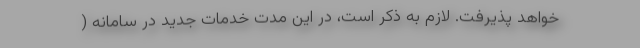
خواهد پذیرفت. لازم به ذکر است، در این مدت خدمات جدید در سامانه (